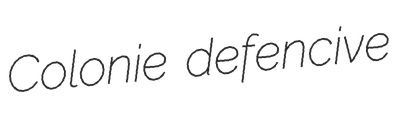
Colonie defencive